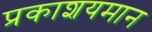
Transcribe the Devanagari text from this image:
प्रकाशयमान